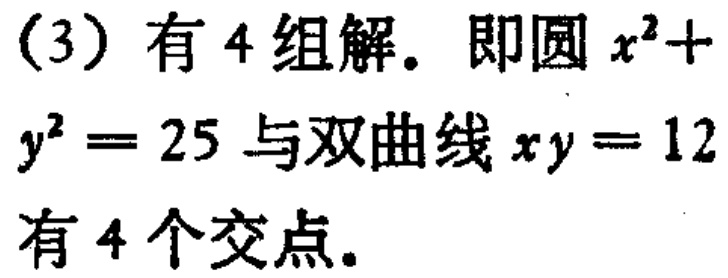
（3）有 4 组解。即圆 \(x^{2}+y^{2}=25\) 与双曲线 \(xy = 12\) 有 4 个交点。